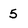
Character: 5